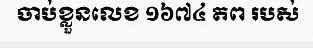
ចាប់ខ្លួនលេខ ១៦៧៤ តព របស់